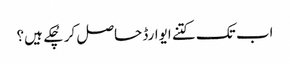
اب تک کتنے ایوارڈ حاصل کر چُکے ہیں؟